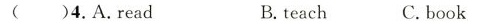
( )4.A.read B.teach C. book